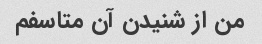
من از شنیدن آن متاسفم